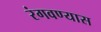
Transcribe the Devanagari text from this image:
रंगवण्यास